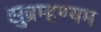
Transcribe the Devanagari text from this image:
सुब्रम्हण्यम